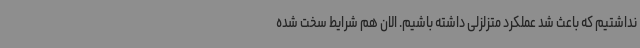
نداشتیم که باعث شد عملکرد متزلزلی داشته باشیم. الان هم شرایط سخت شده